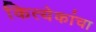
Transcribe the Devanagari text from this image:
कित्येकांचा